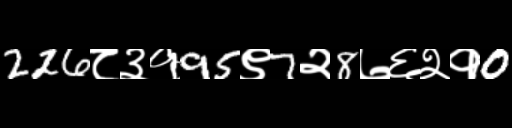
Text: 226८३१95९7२8७६२१0